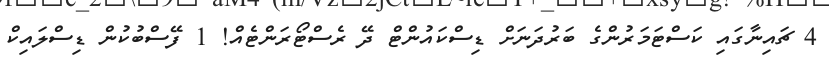
4 ޗައިނާގައި ކަސްޓަމަރުންގެ ބަރުދަނަށް ޑިސްކައުންޓް ދޭ ރެސްޓޯރަންޓެއް! 1 ފޭސްބުކުން ޑިސްލައިކް